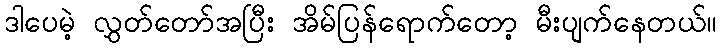
ဒါပေမဲ့ လွှတ်တော်အပြီး အိမ်ပြန်ရောက်တော့ မီးပျက်နေတယ်။